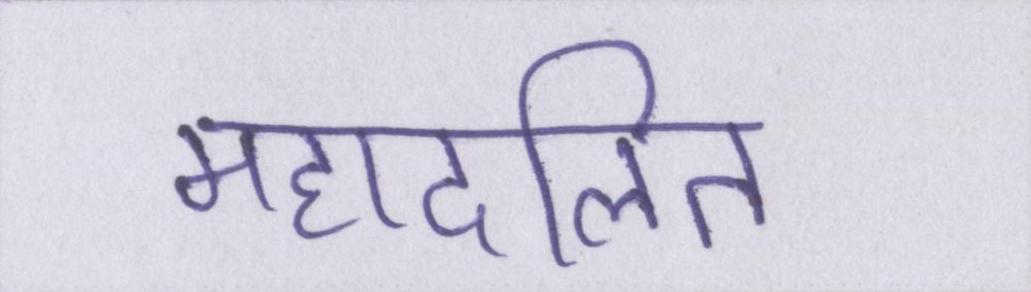
महादलित